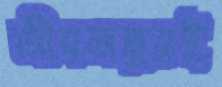
জীবজন্তুরই